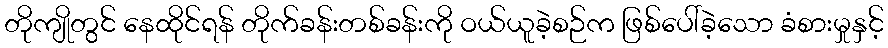
တိုကျိုတွင် နေထိုင်ရန် တိုက်ခန်းတစ်ခန်းကို ဝယ်ယူခဲ့စဉ်က ဖြစ်ပေါ်ခဲ့သော ခံစားမှုနှင့်